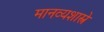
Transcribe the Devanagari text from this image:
मानव्यशास्त्रे